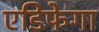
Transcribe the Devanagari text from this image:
एडिफेगा